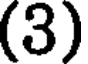
(3)